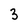
Character: 3